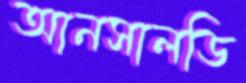
আনসালডি